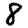
Digit: 8